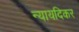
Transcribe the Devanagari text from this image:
न्यायदिकर